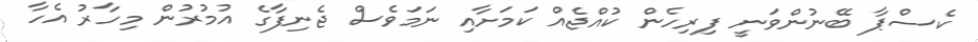
ކެސްޕާ ބޭނުންވަނީ ފިރިހެން ކުއްޖެއް ކަމަށާއި ނަމަވެސް ޖެނިފާގެ އުމުރުން މިހާރު އެހާ